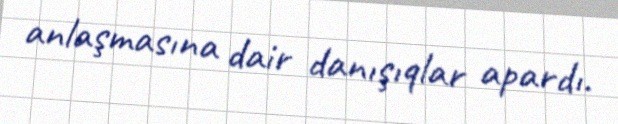
anlaşmasına dair danışıqlar apardı.